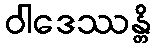
ဝါဒေဿန္တိ